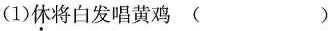
（1）休将白发唱黄鸡（ ）